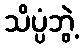
သိပ္ပံဘွဲ့